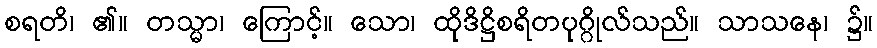
စရတိ၊ ၏။ တသ္မာ၊ ကြောင့်။ သော၊ ထိုဒိဋ္ဌိစရိတပုဂ္ဂိုလ်သည်။ သာသနေ၊ ၌။